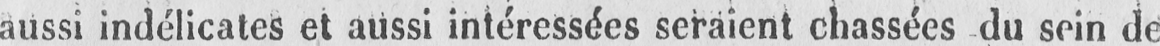
aussi indélicates et aussi intéressées seraient chassées du sein de